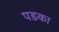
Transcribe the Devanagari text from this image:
पडका